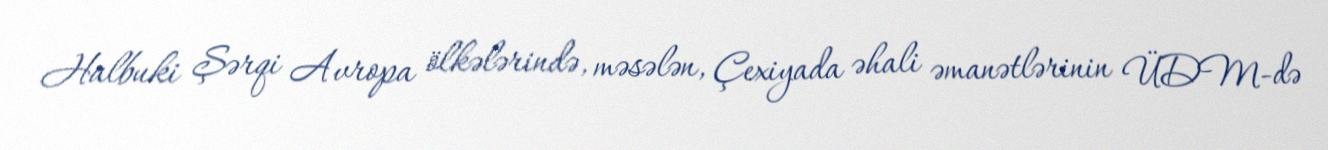
Halbuki Şərqi Avropa ölkələrində, məsələn, Çexiyada əhali əmanətlərinin ÜDM-də